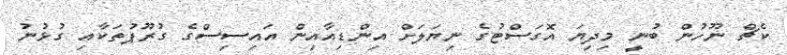
ކެޗް ނޫހުން ބުނީ މިދިޔަ އޮގަސްޓުގެ ނިޔަލަށް އިންޑިއާއިން އައިސިސްގެ ގުރޫޕުތަކާއި ގުޅުނު